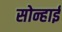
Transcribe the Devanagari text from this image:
सोन्हाई